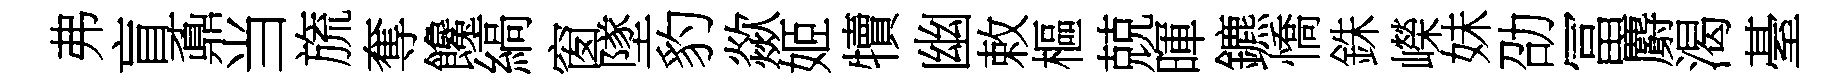
弗盲鼒当旒奪饞縞窗墜豹歘姬犢幽敕樞兢暉鑣憍銖嶸妹劭冨麝渴䑓